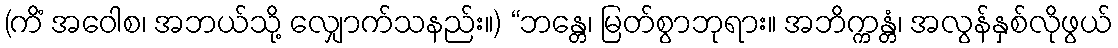
(ကိံ အဝေါစ၊ အဘယ်သို့ လျှောက်သနည်း။) “ဘန္တေ၊ မြတ်စွာဘုရား။ အဘိက္ကန္တံ၊ အလွန်နှစ်လိုဖွယ်